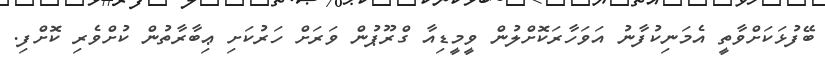
ބޭފުޅަކަށްވާތީ އެމަނިކުފާނު އަވަހާރަކޮށްލުން ވީމީޑިއާ ގްރޫޕުން ވަރަށް ހަރުކަށި ޢިބާރާތުން ކުށްވެރި ކޮށްފި.